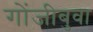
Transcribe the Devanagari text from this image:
गोंजीबुवा